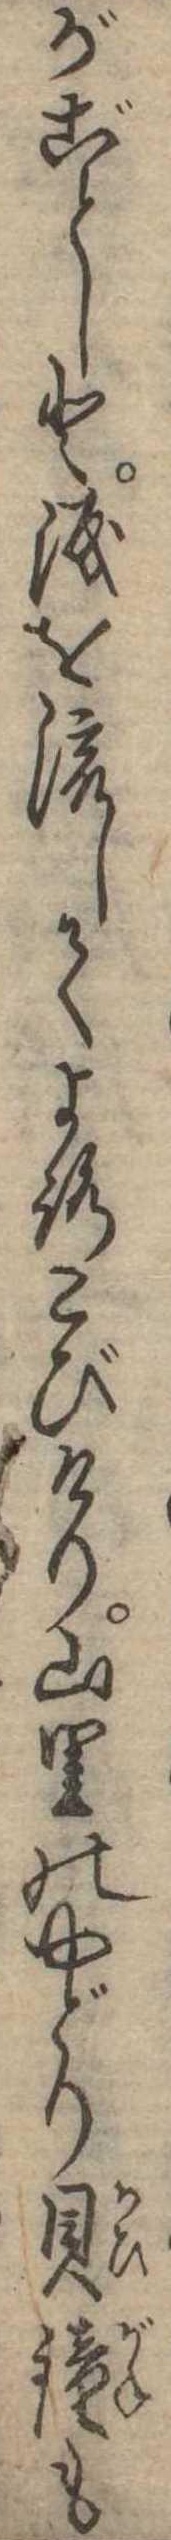
がごとしと涙を流してよろこびけり山里のやどり貝鐘も